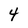
Character: 4